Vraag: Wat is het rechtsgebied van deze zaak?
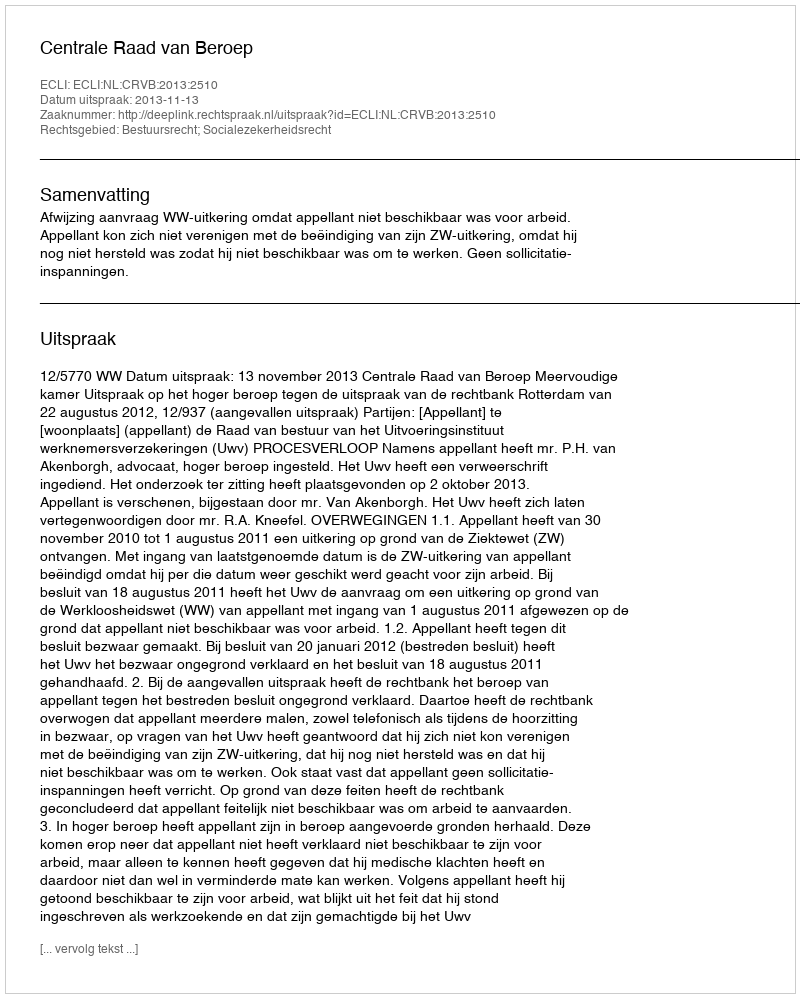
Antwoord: Bestuursrecht; Socialezekerheidsrecht